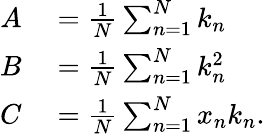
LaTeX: \begin{array}{rl}{A}&{{}=\frac{1}{N}\sum_{n=1}^{N}k_{n}}\\ {B}&{{}=\frac{1}{N}\sum_{n=1}^{N}k_{n}^{2}}\\ {C}&{{}=\frac{1}{N}\sum_{n=1}^{N}x_{n}k_{n}.}\end{array}